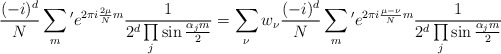
\begin{align*}{(-i)^d\over N} \sum_m{}^\prime e^{2\pi i{2\mu\over N} m} {1\over 2^d\prod\limits_j\sin{\alpha_j m\over 2}}=\sum_\nu w_\nu {(-i)^d\over N} \sum_m{}^\prime e^{2\pi i{\mu-\nu\over N} m}{1\over 2^d\prod\limits_j\sin{\alpha_j m\over 2}}\end{align*}